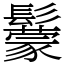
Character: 䰒